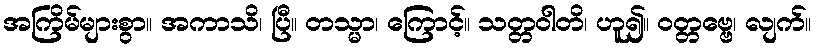
အကြိမ်များစွာ။ အကာသိ၊ ပြီ။ တသ္မာ၊ ကြောင့်။ သတ္တဝါတိ၊ ဟူ၍။ ဝတ္တဗ္ဗေ၊ လျက်။